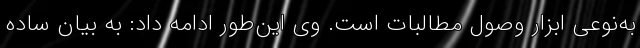
به‌نوعی ابزار وصول مطالبات است. وی این‌طور ادامه داد: به بیان ساده